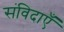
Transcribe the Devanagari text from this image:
संविदाएँ